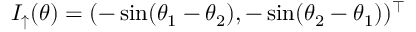
I _ { \uparrow } ( \theta ) = ( - \sin ( \theta _ { 1 } - \theta _ { 2 } ) , - \sin ( \theta _ { 2 } - \theta _ { 1 } ) ) ^ { \top }